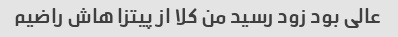
عالی بود زود رسید من کلا از پیتزا هاش راضیم